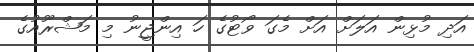
އަދި މުޅިން އަލަށް އަށް މެގަ ވޯޓުގެ ހަ އިންޖީނު މި މަޝްރޫއުގެ